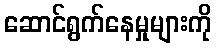
ဆောင်ရွက်နေမှုများကို